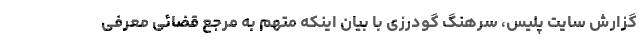
گزارش سایت پلیس، سرهنگ گودرزی با بیان اینکه متهم به مرجع قضائی معرفی